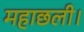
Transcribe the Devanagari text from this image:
महाछली।